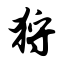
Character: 狩